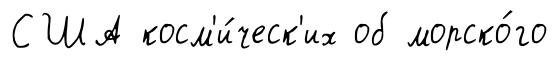
США косм'и́ческ'их об морско́го